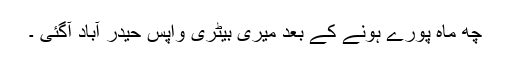
چھ ماہ پورے ہونے کے بعد میری بیٹری واپس حیدر آباد آگئی ۔